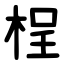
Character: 桯